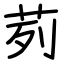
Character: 茢